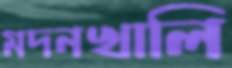
মদনখালি